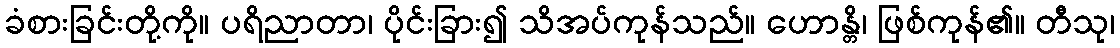
ခံစားခြင်းတို့ကို။ ပရိညာတာ၊ ပိုင်းခြား၍ သိအပ်ကုန်သည်။ ဟောန္တိ၊ ဖြစ်ကုန်၏။ တီသု၊